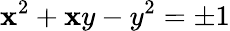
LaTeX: \mathbf{x}^{2}+\mathbf{x}y-y^{2}=\pm1